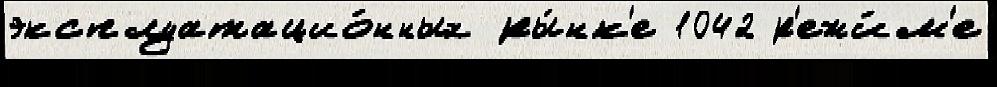
эксплуатацио́нных ры́нк'е 1042 р'ежи́м'е